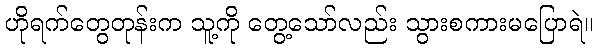
ဟိုရက်တွေတုန်းက သူ့ကို တွေ့သော်လည်း သွားစကားမပြောရဲ။